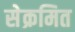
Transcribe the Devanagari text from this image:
सेक्रमित